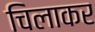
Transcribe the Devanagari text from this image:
चिलाकर